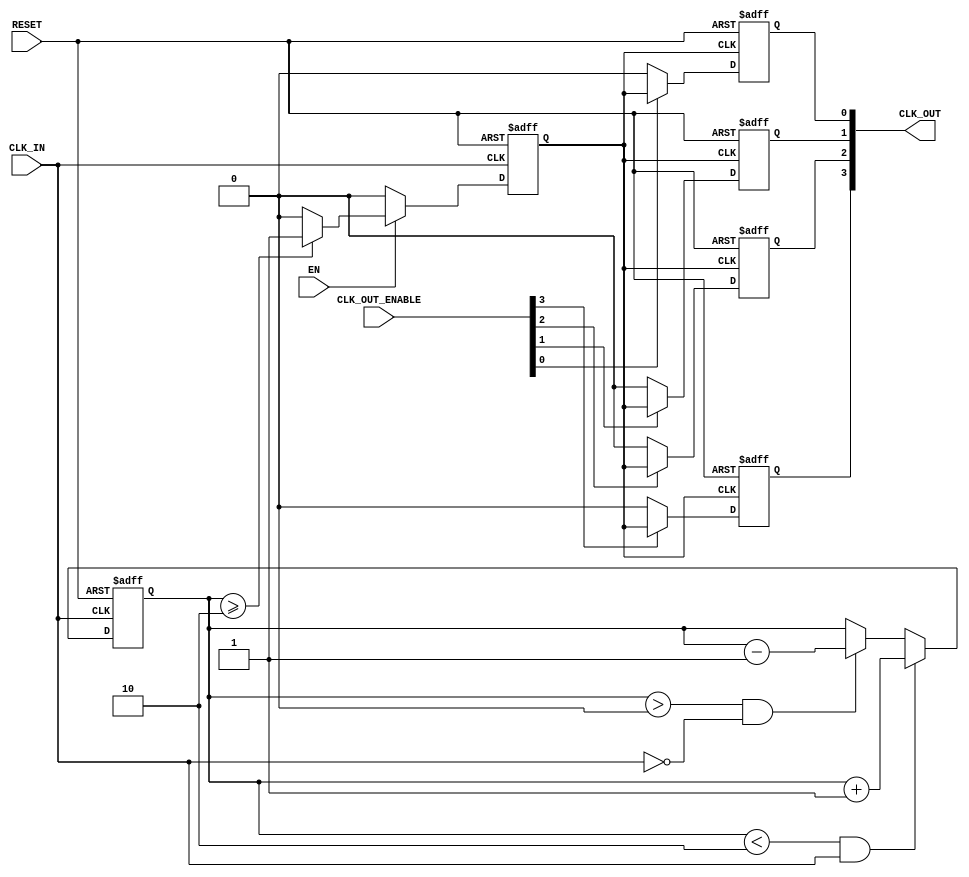
module LowPowerClockBuffer #(
    parameter NUM_OUTPUTS = 4,  // Number of clock outputs
    parameter HYSTERESIS_LEVEL = 2 // Hysteresis level for noise immunity
)(
    input wire CLK_IN,            // Clock input
    input wire EN,                // Enable signal
    input wire [NUM_OUTPUTS-1:0] CLK_OUT_ENABLE, // Individual output enables
    output reg [NUM_OUTPUTS-1:0] CLK_OUT, // Clock outputs
    input wire RESET              // Asynchronous reset
);

    // Internal signal for clock gating
    reg gated_clk;

    // Hysteresis implementation (simple model)
    reg [1:0] clk_state; // 2-bit state for hysteresis
    always @(posedge CLK_IN or posedge RESET) begin
        if (RESET) begin
            clk_state <= 2'b00; // Reset state
        end else begin
            // Simple hysteresis: toggle state based on CLK_IN
            if (clk_state < HYSTERESIS_LEVEL && CLK_IN) begin
                clk_state <= clk_state + 1;
            end else if (clk_state > 0 && !CLK_IN) begin
                clk_state <= clk_state - 1;
            end
        end
    end

    // Clock gating logic
    always @(posedge CLK_IN or posedge RESET) begin
        if (RESET) begin
            gated_clk <= 1'b0; // Reset gated clock
        end else if (EN) begin
            gated_clk <= (clk_state >= HYSTERESIS_LEVEL) ? 1'b1 : 1'b0; // Enable clock based on hysteresis state
        end else begin
            gated_clk <= 1'b0; // Disable clock if EN is low
        end
    end

    // Output clock generation
    genvar i;
    generate
        for (i = 0; i < NUM_OUTPUTS; i = i + 1) begin : clk_out_gen
            always @(posedge gated_clk or posedge RESET) begin
                if (RESET) begin
                    CLK_OUT[i] <= 1'b0; // Reset output clock
                end else if (CLK_OUT_ENABLE[i]) begin
                    CLK_OUT[i] <= gated_clk; // Drive output clock
                end else begin
                    CLK_OUT[i] <= 1'b0; // Disable output clock if not enabled
                end
            end
        end
    endgenerate

endmodule